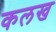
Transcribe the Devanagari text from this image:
कलख